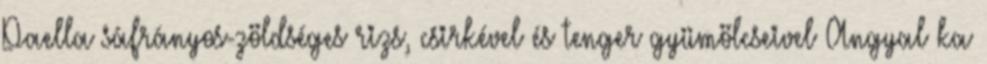
Paella sáfrányos-zöldséges rizs, csirkével és tenger gyümölcseivel Angyal ka